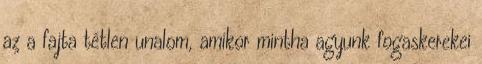
az a fajta tétlen unalom, amikor mintha agyunk fogaskerekei